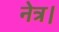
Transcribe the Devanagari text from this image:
नेत्र।